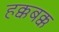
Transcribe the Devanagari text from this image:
हक्कबक्क